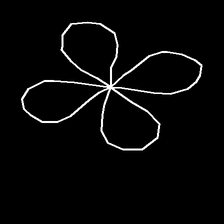
Glyph: billowing